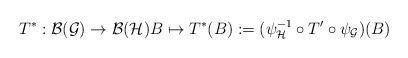
LaTeX: \begin{align*}T^*:\mathcal B(\mathcal G)\to\mathcal B(\mathcal H)B\mapsto T^*(B):=(\psi_{\mathcal H}^{-1}\circ T' \circ\psi_{\mathcal G})(B)\end{align*}